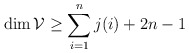
\begin{align*}\dim{\mathcal V}\ge\sum_{i=1}^nj(i)+2n-1\end{align*}